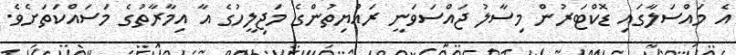
އެ މައްސަލާގައި ޑޮކްޓަރުން މިސާލު ޖައްސަވަނީ ރައްޔިތުންގެ މަޖިލީހުގެ އާ އިމާރާތުގެ މަސައްކަތަށެވެ.